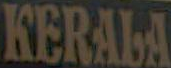
KERALA